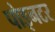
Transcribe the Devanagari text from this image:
पोइनटर